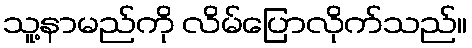
သူ့နာမည်ကို လိမ်ပြောလိုက်သည်။